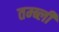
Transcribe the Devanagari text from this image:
तम्ब्ली